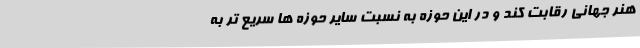
هنر جهانی رقابت کند و در این حوزه به نسبت سایر حوزه ها سریع تر به